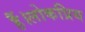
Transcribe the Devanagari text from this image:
हैं।लोकप्रिय